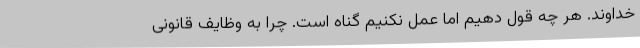
خداوند. هر چه قول دهیم اما عمل نکنیم گناه است. چرا به وظایف قانونی